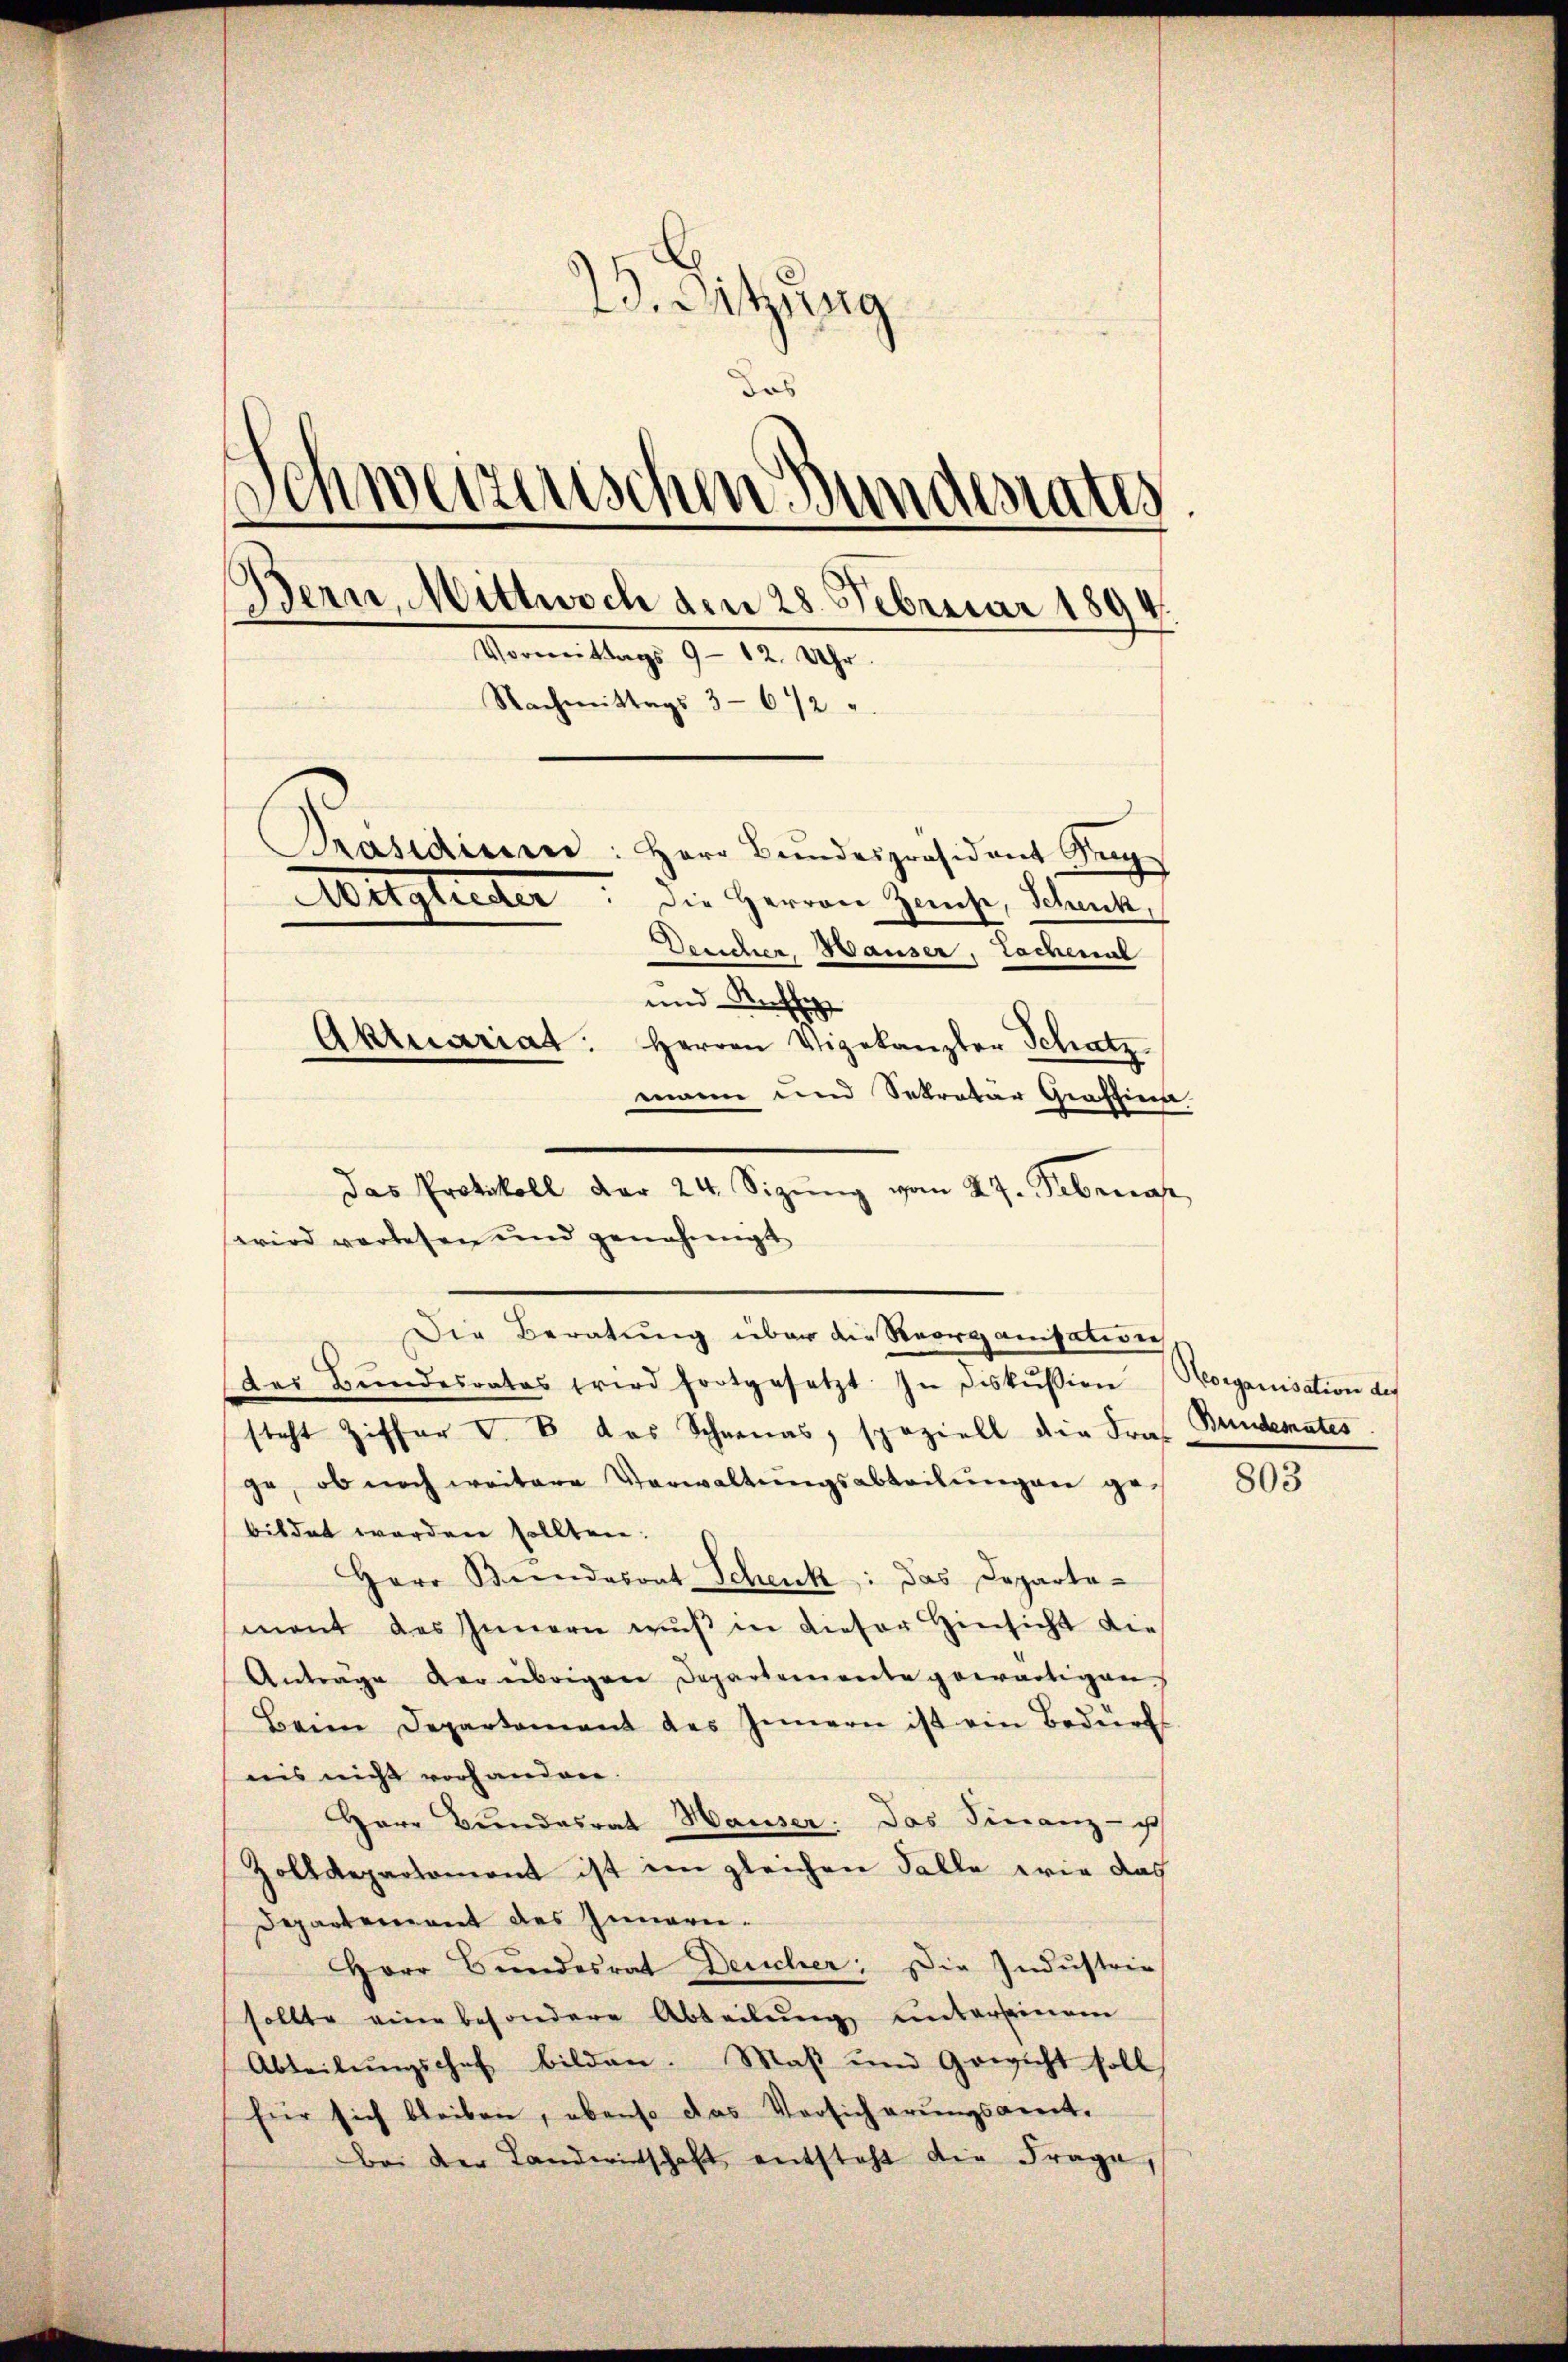
23. Sitzung
das
Schweizerischen Bundesrates.
Bern, Mittwoch den 28. Februar 1894.
Vormittags 9 - 12. Uhr.
Nachmittags 3-672
Präsidiuen: Herr Bŭndespräsident Aug
Mitglieder die Herren Zinse, Schank
Deucher Hauser, Tochenal
und Rathe
Aktuariat: Herren Vigekanzler Schatz
mann und Sekretär Graffina.

wird verlesen und genehmigt
Die Beratung über die Reorganisation
(des Bŭndesrates fried fortgesetzt. In diskussion Morganisation des
steht Ziffer V. B. das Schnenas, speziell die Fras Bunderates
ge, ob noch weitere Verwaltŭngsabteilŭngen gebildet worden sollten.
Herr Beendesrat Schenk: das Departemant des Innern mŭβ in dieser Hinsicht die
Anträge der übrigen Departemente gewärtigen
Beim Departamant des Innern ist ein Bedürf
nis nicht vorhanden.
Herr Bundesrath Hauser. Das Finanz- u
Zolldepartemont ist im gleichen Falle wie das
Departement des Innern¬
Herr Bundesrat Deucher: Die Industrie
sollte eine besondere Abteilung unterseinem
Abteilungschef bilden. Maß und Gewicht soll
für sich bleiben, ebenso das Versicherungsamt.
Bei der Landwirtschaft entsteht die Frage,

das Protokoll der 24. Sizŭng vom 27. Februar,

803